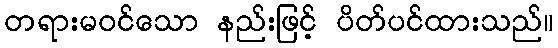
တရားမဝင်သော နည်းဖြင့် ပိတ်ပင်ထားသည်။